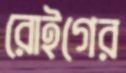
রোইগের